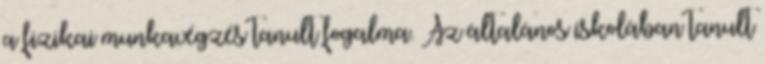
a fizikai munkavégzés tanult fogalma. Az általános iskolában tanult